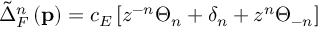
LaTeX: \tilde { \Delta } _ { F } ^ { n } \left( \mathbf { p } \right) = c _ { E } \left[ z ^ { - n } \Theta _ { n } + \delta _ { n } + z ^ { n } \Theta _ { - n } \right]